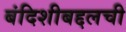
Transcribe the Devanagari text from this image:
बंदिशीबद्दलची